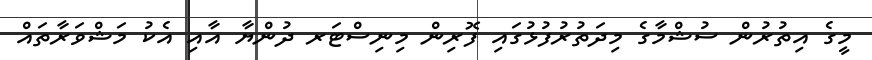
މީގެ އިތުރުން ސުޝްމާގެ މިދަތުރުފުޅުގައި ފޮރިން މިނިސްޓަރ ދުންޔާ އާއި އެކު މަޝްވަރާތައް